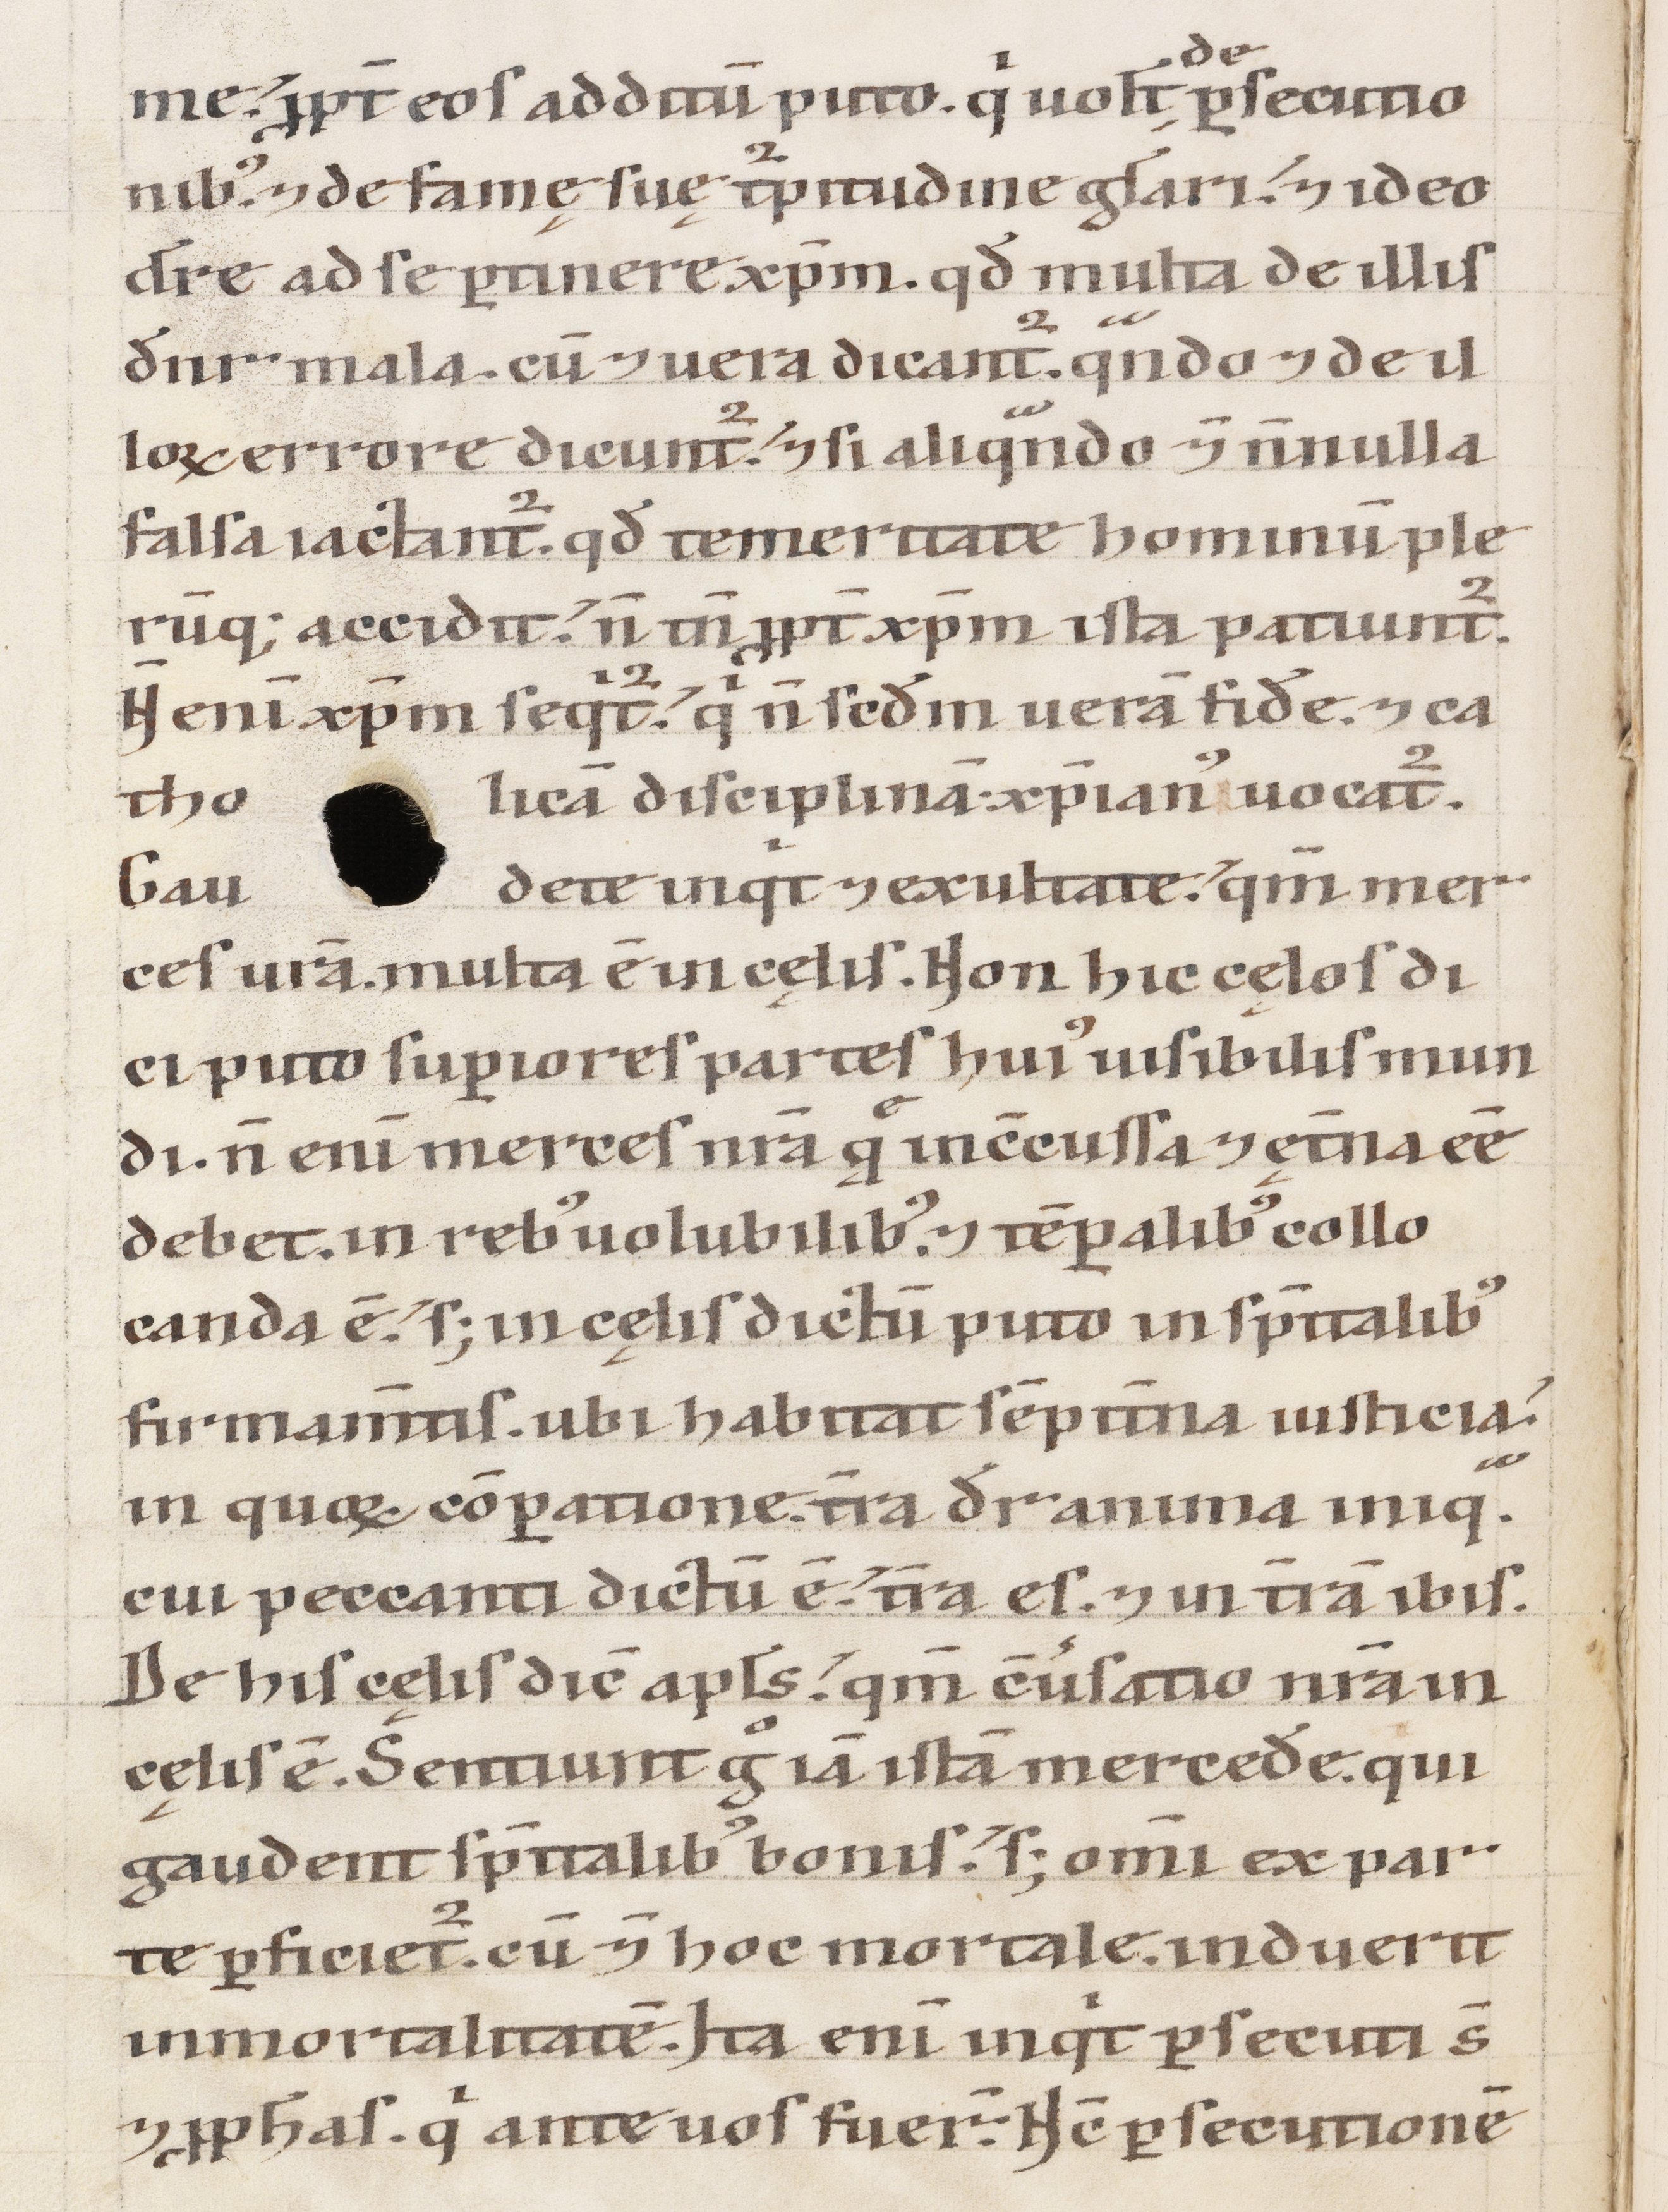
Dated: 1100–1199